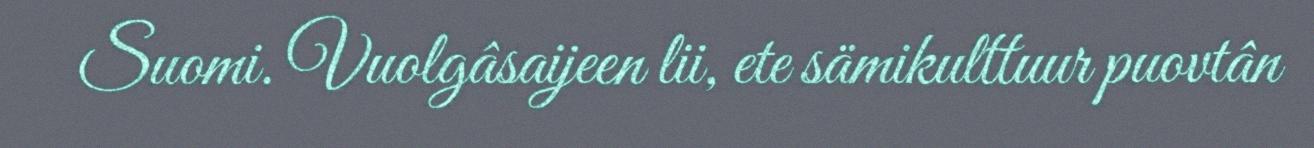
Suomi. Vuolgâsaijeen lii, ete sämikulttuur puovtân